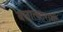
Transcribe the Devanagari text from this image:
बलात्काराशी